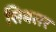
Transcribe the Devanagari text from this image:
सिबलर